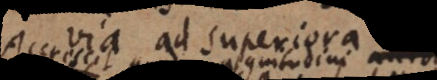
via ad superiora